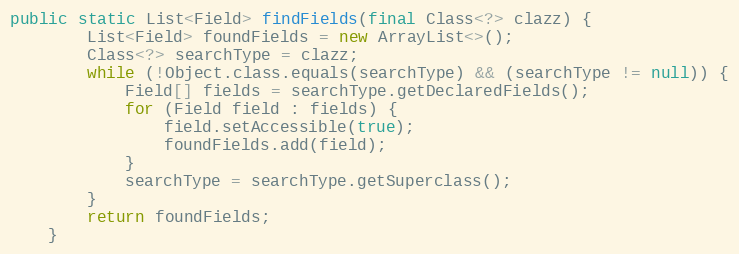
Language: Java
public static List<Field> findFields(final Class<?> clazz) {
        List<Field> foundFields = new ArrayList<>();
        Class<?> searchType = clazz;
        while (!Object.class.equals(searchType) && (searchType != null)) {
            Field[] fields = searchType.getDeclaredFields();
            for (Field field : fields) {
                field.setAccessible(true);
                foundFields.add(field);
            }
            searchType = searchType.getSuperclass();
        }
        return foundFields;
    }